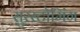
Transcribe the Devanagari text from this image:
सुरस्टोमिंग